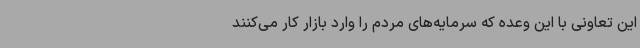
این تعاونی با این وعده که سرمایه‌های مردم را وارد بازار کار می‌کنند